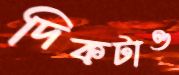
দিকটাও